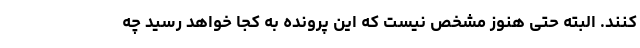
کنند. البته حتی هنوز مشخص نیست که این پرونده به کجا خواهد رسید چه